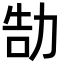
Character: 勂